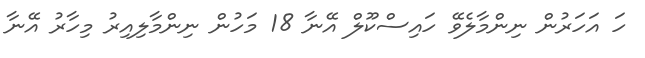
ހަ އަހަރުން ނިންމާލެވޭ ހައިސްކޫލް އޭނާ 18 މަހުން ނިންމާލިއިރު މިހާރު އޭނާ